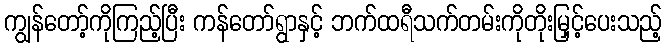
ကျွန်တော့်ကိုကြည့်ပြီး ကန်တော်ရွာနှင့် ဘက်ထရီသက်တမ်းကိုတိုးမြှင့်ပေးသည့်